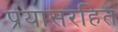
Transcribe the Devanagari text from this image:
प्रयासरहित